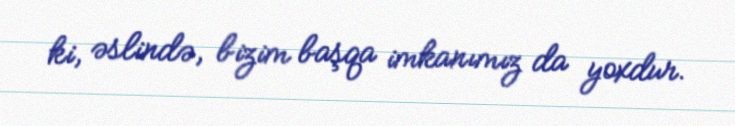
ki, əslində, bizim başqa imkanımız da yoxdur.